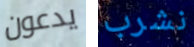
يدعون نشرب